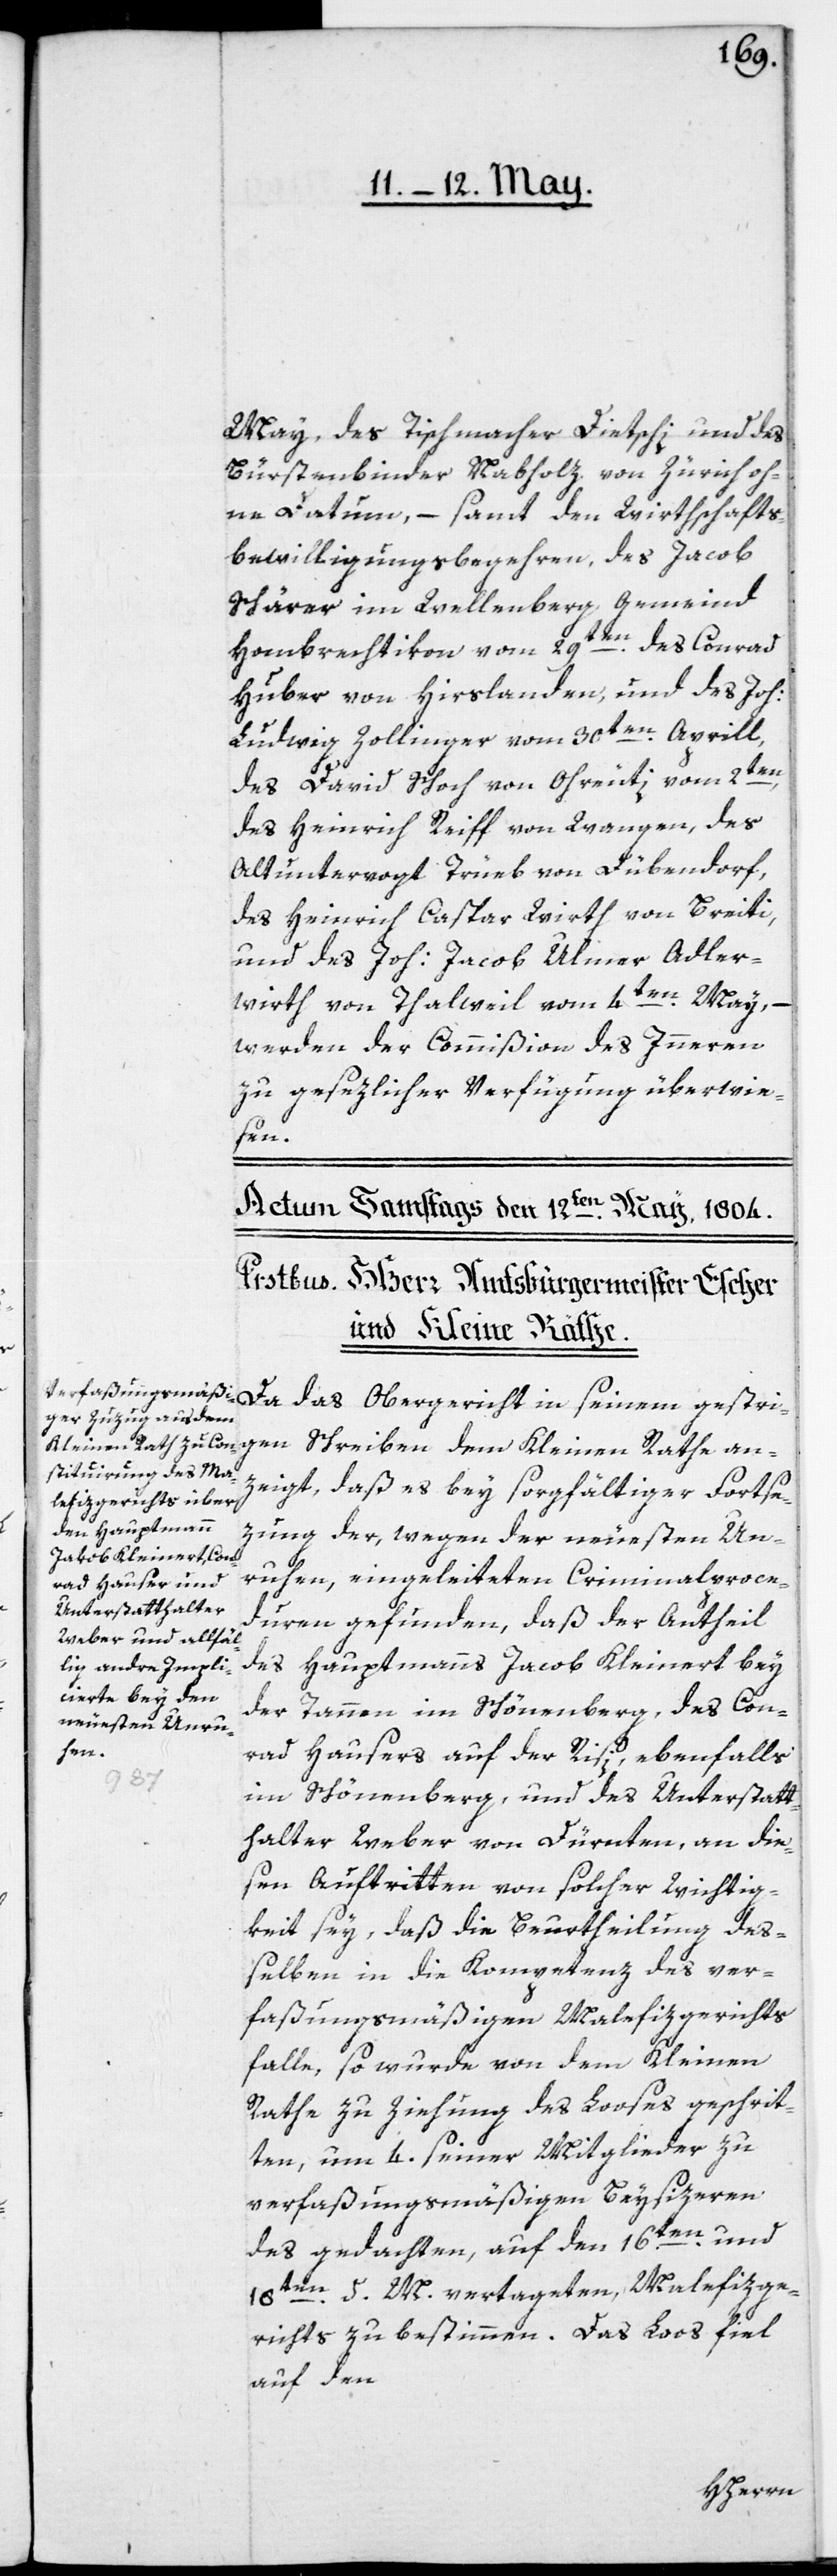
May, des Tischmacher Dietschi und des
Bürstenbinder Nabholz von Zürich oh¬
ne Datum, – samt den Wirthschafts¬
bewilligungsbegehren, des Jacob
Schärer im Wellenberg, Gemeind
Hombrechtikon vom 29ten, des Conrad
Huber von Hirslanden, und des Joh:
Ludwig Zollinger vom 30ten Aprill,
des David Schoch von Ohrüti vom 2ten,
des Heinrich Reiff von Wangen, des
Altuntervogt Trüeb von Dübendorf,
des Heinrich Caspar Wirth von Breiti,
und des Joh: Jacob Ulmer, Adler¬
wirth von Thalweil vom 4ten May,
werden der Commißion des Innern
zu gesezlicher Verfügung überwie¬
sen.
Da das Obergericht in seinem gestri¬
gen Schreiben dem Kleinen Rathe an¬
zeigt, daß es bey sorgfältiger Fortse¬
zung der, wegen der neuesten Un¬
ruhen, eingeleiteten Criminalproce¬
duren gefunden, daß der Antheil
des Hauptmanns Jacob Kleinert bey
der Tannen im Schönenberg, des Con¬
rad Hausers auf der Risi, ebenfalls
im Schönenberg, und des Unterstatt¬
halter Weber von Dürnten, an die¬
sen Auftritten von solcher Wichtig¬
keit sey, daß die Beurtheilung de¬
ßelben in die Kompetenz des ver¬
faßungsmäßigen Malefizgerichts
falle, so wurde von dem Kleinen
Rathe zu Ziehung des Looses geschrit¬
ten, um 4. seiner Mitglieder zu
verfaßungsmäßigen Beysitzeren
des gedachten, auf den 16ten und
18ten d. M. vertageten Malefizge¬
richt zu bestimmen. Das Loos fiel
auf den